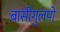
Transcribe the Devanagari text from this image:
बासीगुलपो